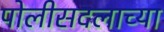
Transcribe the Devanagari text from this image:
पोलीसदलाच्या